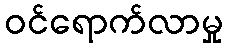
ဝင်ရောက်လာမှု